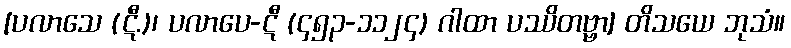
[ပလာသေ (ဋီ.)၊ ပလာပေ-ဋီ (၄၅၃-၁၁၂၄) ဂါထာ ပဿိတဗ္ဗာ] တိသယေ ဘုသံ။